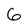
Character: 6